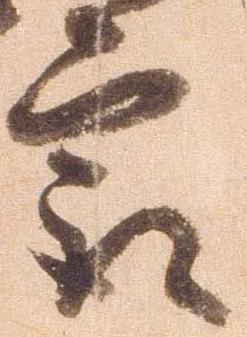
最